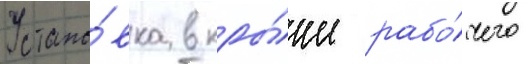
Устано́вка в кры́ше рабо́чего